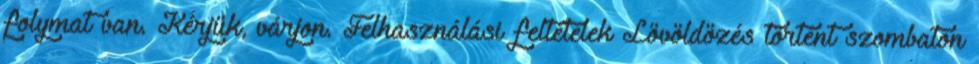
folymat van. Kérjük, várjon. Felhasználási feltételek Lövöldözés történt szombaton